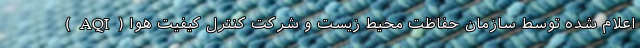
(AQI) اعلام شده توسط سازمان حفاظت محیط زیست و شرکت کنترل کیفیت هوا